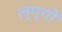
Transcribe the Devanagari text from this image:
ल्प्गों